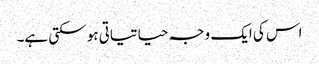
اس کی ایک وجہ حیاتیاتی ہو سکتی ہے۔